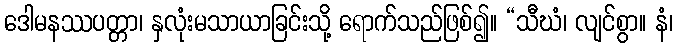
ဒေါမနဿပတ္တာ၊ နှလုံးမသာယာခြင်းသို့ ရောက်သည်ဖြစ်၍။ “သီဃံ၊ လျင်စွာ။ နံ၊